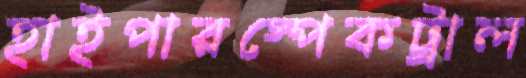
হাইপারস্পেকট্রাল